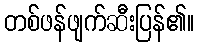
တစ်ဖန်ဖျက်ဆီးပြန်၏။